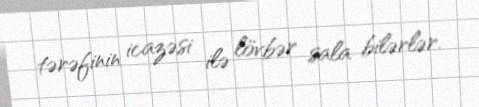
tərəfinin icazəsi ilə lövbər sala bilərlər.